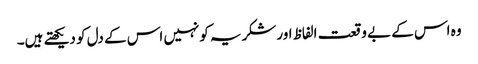
وہ اس کے بے وقعت الفاظ اورشکریہ کونہیں اس کے دل کو دیکھتے ہیں۔